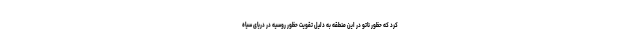
کرد که حظور ناتو در این منطقه به دلیل تقویت حظور روسیه در دریای سیاه